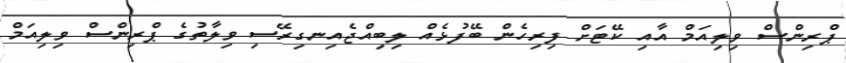
ޕްރިންސް ވިލިއަމް އާއި ކޭޓަށް ފިރިހެން ބޭފުޅެއް ލިބިއްޖެއިނގިރޭސި ވިލާތުގެ ޕްރިންސް ވިލިއަމް